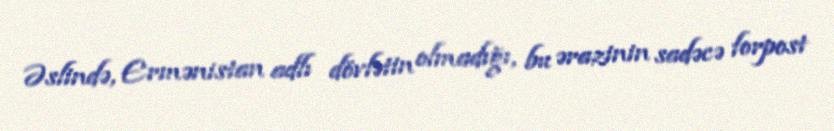
Əslində, Ermənistan adlı dövlətin olmadığı, bu ərazinin sadəcə forpost